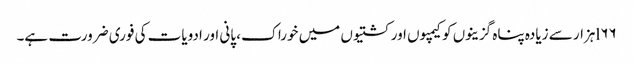
l۶۶ہزار سے زیادہ پناہ گزینوں کو کیمپوں اور کشتیوں میں خوراک، پانی اور ادویات کی فوری ضرورت ہے۔